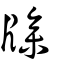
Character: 𤗲